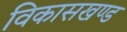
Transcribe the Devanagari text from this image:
विकासखण्‍ड